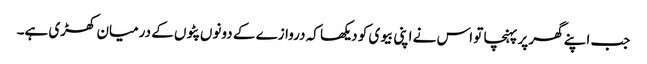
جب اپنے گھر پر پہنچا تو اس نے اپنی بیوی کو دیکھا کہ دروازے کے دونوں پٹوں کے درمیان کھڑی ہے۔